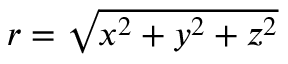
\textstyle r = { \sqrt { x ^ { 2 } + y ^ { 2 } + z ^ { 2 } } }